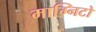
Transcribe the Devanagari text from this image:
माग्निटो